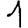
Digit: 1